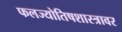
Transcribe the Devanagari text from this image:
फलज्योतिषशास्त्रावर